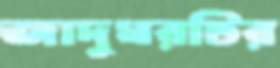
জাদুঘরটির